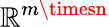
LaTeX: \mathbb{R}^{m\timesn}